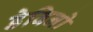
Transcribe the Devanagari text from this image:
डेविनो